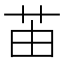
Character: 苖